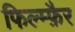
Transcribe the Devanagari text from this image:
फिल्म्फ़ैर